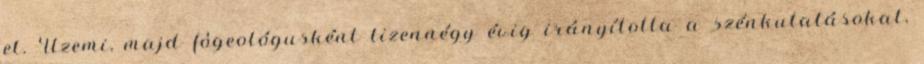
el. Üzemi, majd fôgeológusként tizennégy évig irányította a szénkutatásokat,